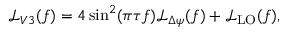
\begin{array} { r } { \mathcal { L } _ { V 3 } ( f ) = 4 \sin ^ { 2 } ( \pi \tau f ) \mathcal { L } _ { \Delta \psi } ( f ) + \mathcal { L } _ { \mathrm { L O } } ( f ) , } \end{array}